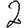
Digit: 2